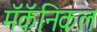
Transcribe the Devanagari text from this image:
मॅकॅनिकल